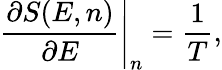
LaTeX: \left.\frac{\partial S(E,n)}{\partial E}\right|_{n}=\frac 1{T},